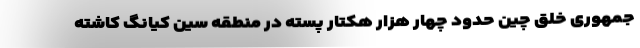
جمهوری خلق چین حدود چهار هزار هکتار پسته در منطقه سین کیانگ کاشته